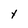
Character: Y